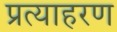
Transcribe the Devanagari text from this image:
प्रत्याहरण